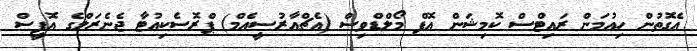
އެގޮތުން ހިއުމަން ރައިޓްސް ކޮމިޝަން އޮފް މޯލްޑްވިސް (އެޗްއާރުސީއެމް) ޕްރޮސެކިއުޓާ ޖެނެރަލްގެ އޮފީސް